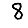
Digit: 8